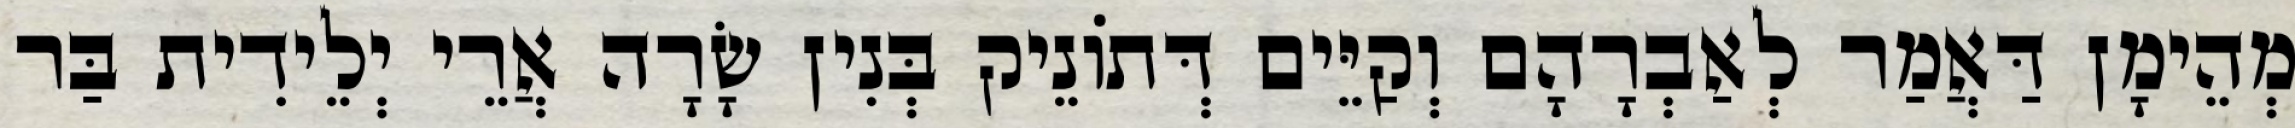
מְהֵימָן דַּאֲמַר לְאַבְרָהָם וְקַיֵּים דְּתוֹנֵיק בְּנִין שָׂרָה אֲרֵי יְלֵידִית בַּר